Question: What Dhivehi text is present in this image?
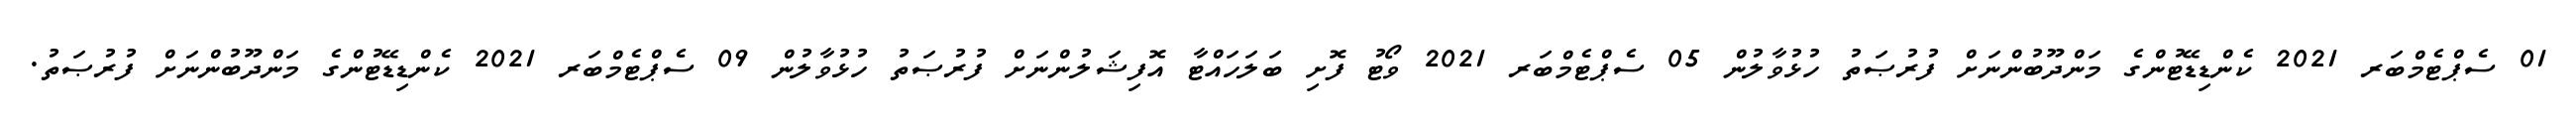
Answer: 01 ސެޕްޓެމްބަރ 2021 ކެންޑިޑޭޓުންގެ މަންދޫބުންނަށް ފުރުޞަތު ހުޅުވާލުން 05 ސެޕްޓެމްބަރ 2021 ވޯޓު ފޮށި ބަލަހައްޓާ އޮފިޝަލުންނަށް ފުރުޞަތު ހުޅުވާލުން 09 ސެޕްޓެމްބަރ 2021 ކެންޑިޑޭޓުންގެ މަންދޫބުންނަށް ފުރުޞަތު.